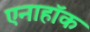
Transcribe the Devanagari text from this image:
एनाहॉक